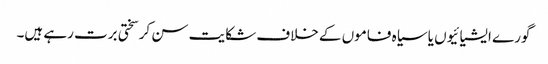
گورے ایشیائیوں یا سیاہ فاموں کے خلاف شکایت سن کر سختی برت رہے ہیں۔